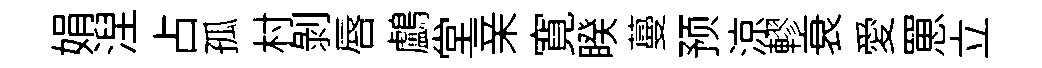
娟湼占孤村剝唇鸕堂亲寛睽蔓预涼轇衰愛罳立